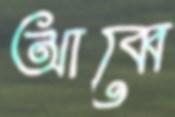
আব্বে